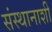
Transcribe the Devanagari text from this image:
संस्थानाशी